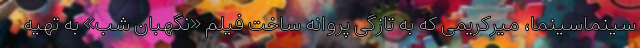
سینماسینما، میرکریمی که به تازگی پروانه ساخت فیلم «نگهبان شب» به تهیه